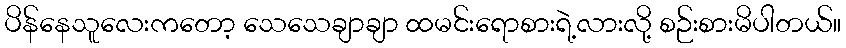
ပိန်နေသူလေးကတော့ သေသေချာချာ ထမင်းရောစားရဲ့လားလို့ စဉ်းစားမိပါတယ်။